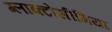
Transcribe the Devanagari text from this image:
ग्लाक्टोसीमिया